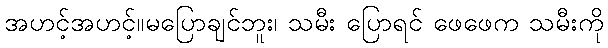
အဟင့်အဟင့်။မပြောချင်ဘူး၊ သမီး ပြောရင် ဖေဖေက သမီးကို